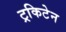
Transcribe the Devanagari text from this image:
ट्रकिटेन